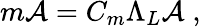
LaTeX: m\mathcal{A}=C_{m}\Lambda_{L}\mathcal{A}\; ,